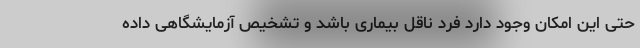
حتی این امکان وجود دارد فرد ناقل بیماری باشد و تشخیص آزمایشگاهی داده